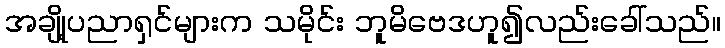
အချို့ပညာရှင်များက သမိုင်း ဘူမိဗေဒဟူ၍လည်းခေါ်သည်။